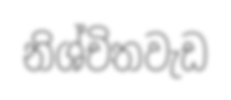
නිශ්චිතවැඩ